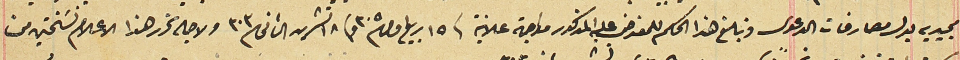
مجيديه بدل مصارفات الدعوى وتبلغ هذا الحكم للمعترض على المذكور مواجهة علانية فى ١٥ ربيع اول ٣٠٥ و ١٨ تشرين الثانى /٣٠٣ ولا جله تحرر هذا الاعلام نسَختين من